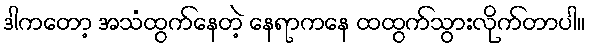
ဒါကတော့ အသံထွက်နေတဲ့ နေရာကနေ ထထွက်သွားလိုက်တာပါ။